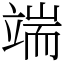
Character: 端